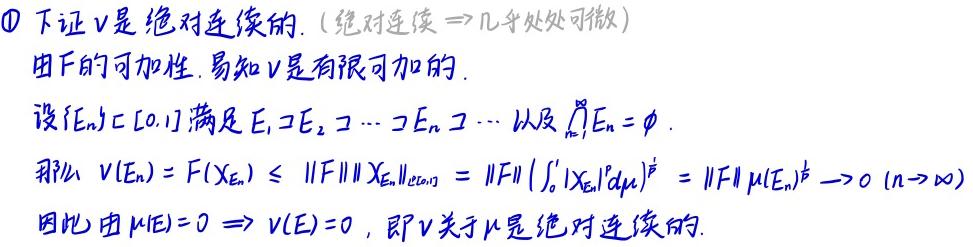
$\textcircled{1}$ 下证$v$是绝对连续的.（绝对连续$\Rightarrow$几乎处处可微）

由$F$的可加性. 易知$v$是有限可加的.

设$\{E_n\}\subset[0,1]$满足$E_1\supset E_2\supset\cdots\supset E_n\supset\cdots$以及$\bigcap_{n = 1}^{\infty}E_n=\varnothing$.

那么$v(E_n)=F(\chi_{E_n})\leq \|F\|\|\chi_{E_n}\|_{L^2([0,1])}=\|F\|(\int_{0}^{1}|\chi_{E_n}|^2d\mu)^{\frac{1}{2}}=\|F\|\mu(E_n)^{\frac{1}{2}}\to 0\ (n\to\infty)$

因此由$\mu(E)=0\Rightarrow v(E)=0$，即$v$关于$\mu$是绝对连续的.